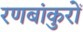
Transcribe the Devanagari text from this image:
रणबांकुरों